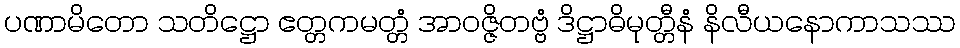
ပဏာမိတော သတိဋ္ဌော ဧတ္တကမတ္တံ အာဝဇ္ဇိတဗ္ဗံ ဒိဋ္ဌာဓိမုတ္တီနံ နိလီယနောကာသဿ